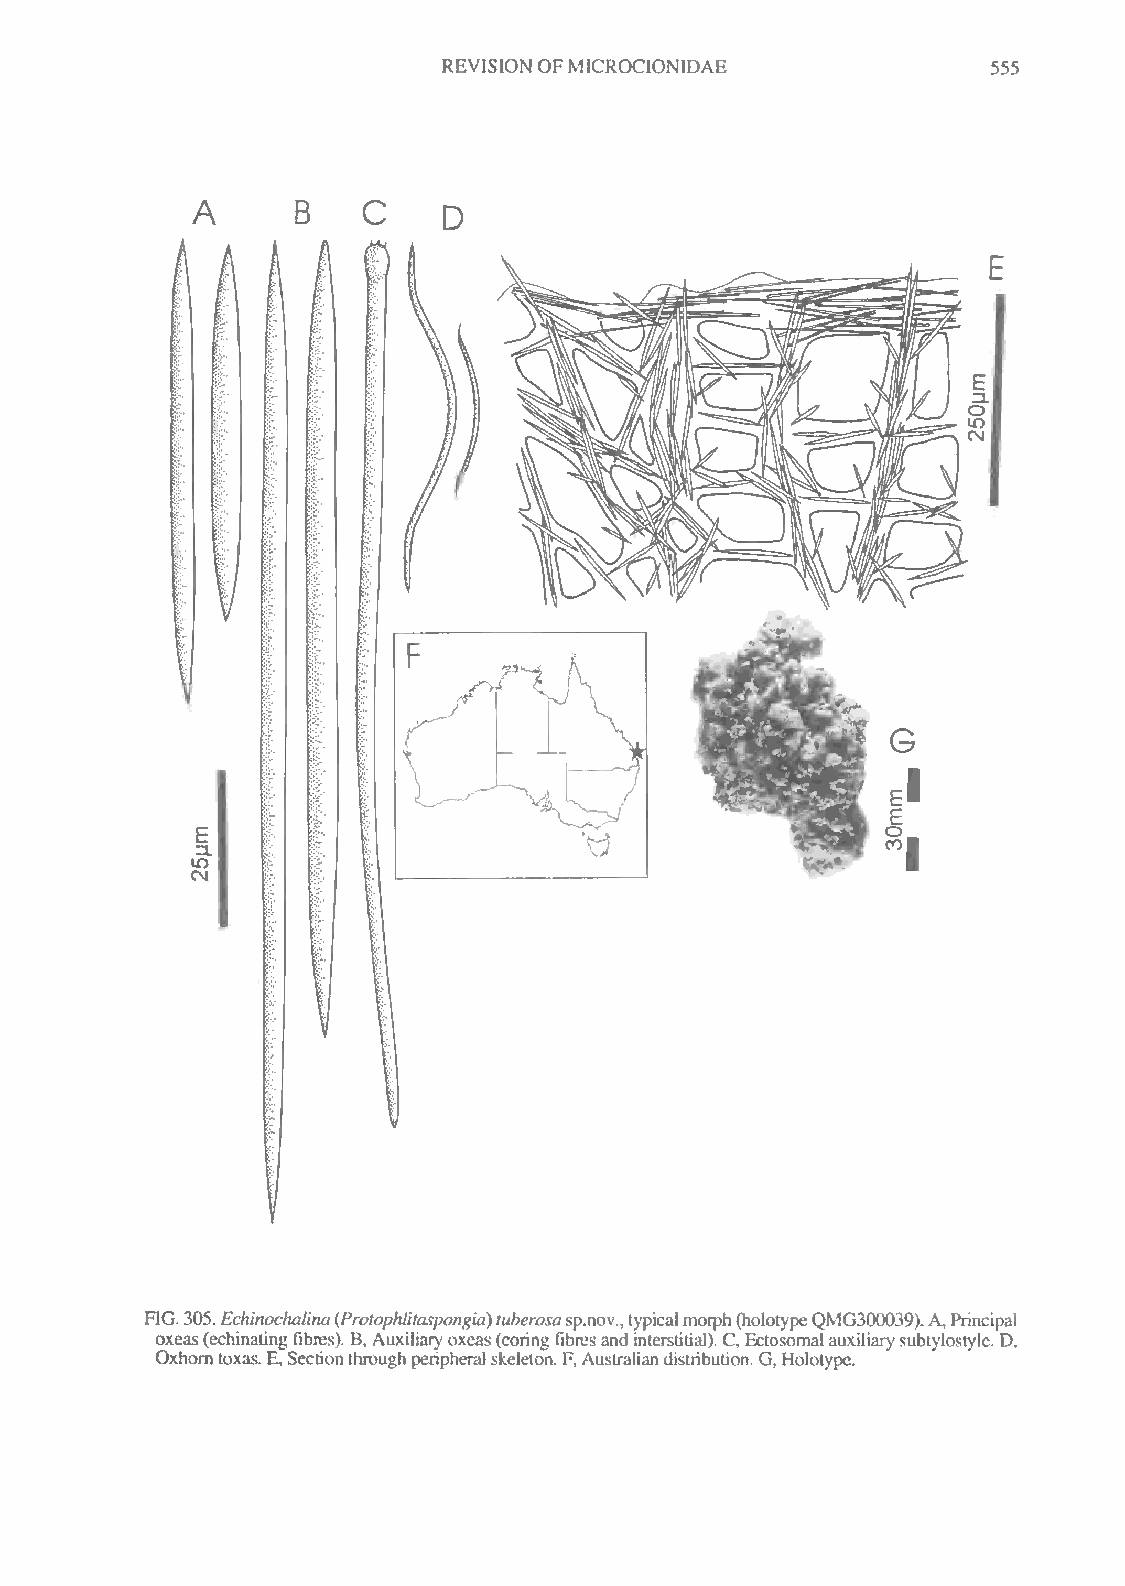
REVISION OFMICROCIONIDAE             555
 FIG.305.Echinochalina(Protophlitaspongia)luherosasp.nov.,typicalmorph(holotypeQMG300039).A,Principal
 oxeas(echinatingfibres). B, Auxiliaryoxcas(coring fibres and inlerstitial). C,Ectosomalauxiliarysubtylostyle. D,
 Oxhorntoxas. E,Sectionthroughperipheral skeleton. F, Australiandistribution.G,Holotype.